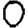
Digit: 0